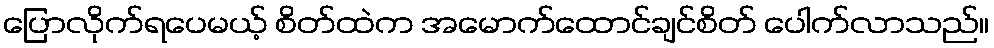
ပြောလိုက်ရပေမယ့် စိတ်ထဲက အမောက်ထောင်ချင်စိတ် ပေါက်လာသည်။